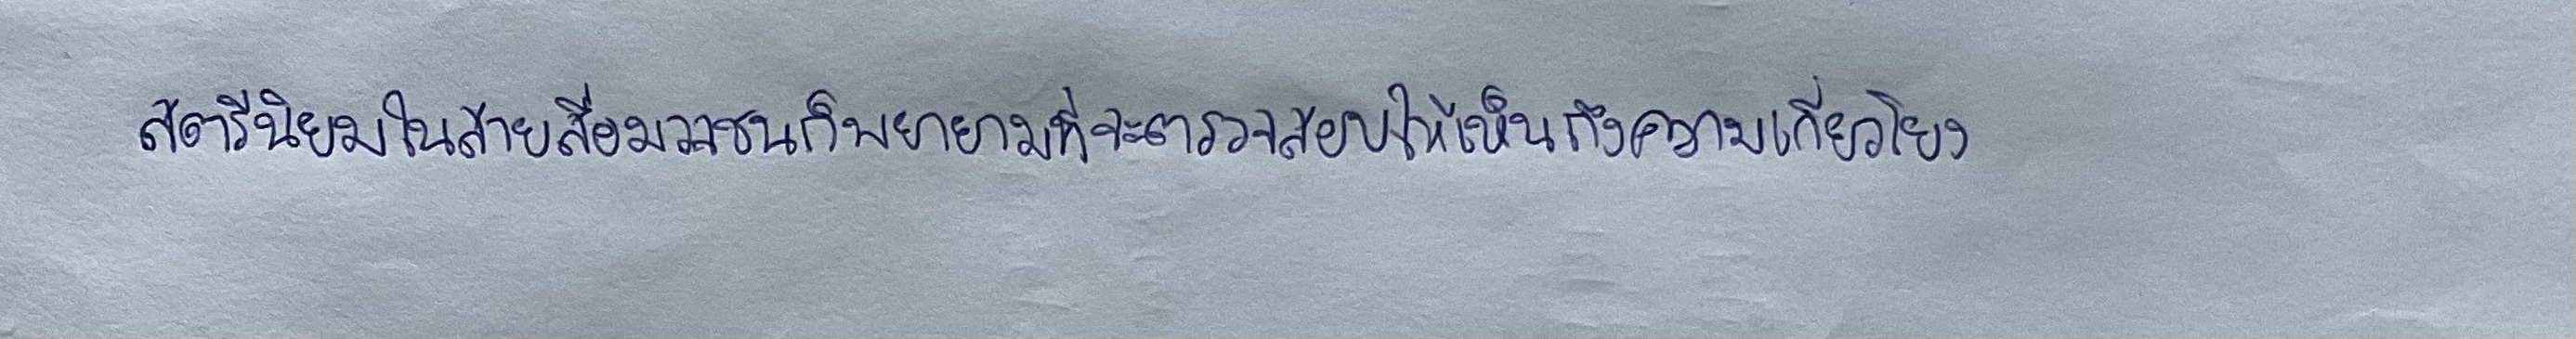
สตรีนิยมในสายสื่อมวลชนก็พยายามที่จะตรวจสอบให้เห็นถึงความเกี่ยวโยง